Civil Veterinary Dept. Assam report 1927-50 - 1927-1950
Year: 1927
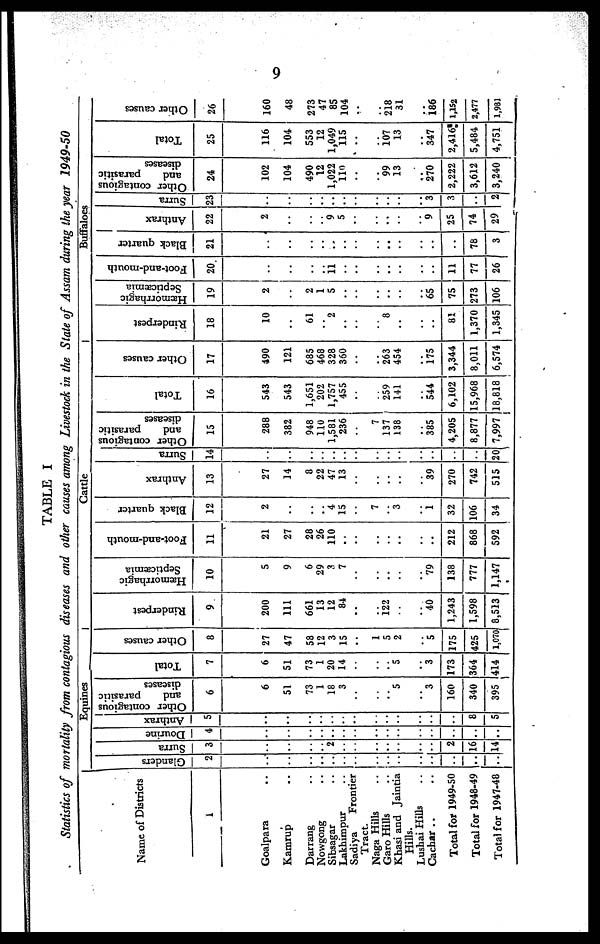
9
TABLE I
Statistics of mortality from contagious diseases and other causes among Livestock in the State of Assam during the year 1949-50
Name of Districts
1
Goalpara ..
Kamrup ..
Darrang ..
Nowgong ..
Sibsagar ..
Lakhimpur ..
Sadiya
Frontier
Tract.
Naga Hills ..
Garo Hills ..
Khasi and Jaintia
Hills.
Lushai Hills ..
Cachar .. ..
Total for 1949-50
Total for 1948-49
Total for 1947-48
Equines
Glanders
2
..
..
..
..
..
..
..
..
..
..
..
..
..
..
..
Surra
3
..
..
..
..
2
..
..
..
..
..
..
..
2
16
14
Dourine
4
..
..
..
..
..
..
..
..
..
..
..
..
..
..
..
| Anthrax
5
..
..
..
..
..
..
..
..
..
..
..
..
..
8
5
Other contagious
and
parasitic
diseases
6
6
51
73
1
18
3
..
..
..
5
..
3
160
340
395
Total
7
6
51
73
1
20
14
..
..
..
5
..
3
173
364
414
Other causes
8
27
47
58
12
3
15
..
1
5
2
..
5
175
425
1,070
Cattle
Rinderpest
9
200
111
661
13
12
84
..
..
122
..
..
40
1,243
1,598
8,513
Hæmorrhagic
Septicæmia
10
5
9
6
29
3
7
..
..
..
..
..
79
138
777
1,147
Foot-and-mouth
11
21
27
28
26
110
..
..
..
..
..
..
..
212
868
592
Black quarter
12
2
..
..
..
4
15
..
7
..
3
..
1
32
106
34
Anthrax
13
27
14
8
22
47
13
..
..
..
..
..
39
270
742
515
Surra
14
..
..
..
..
..
..
..
..
..
..
..
..
..
20
Other contagious
and
parasitic
diseases
15
288
382
948
110
1,581
236
..
7
137
138
..
385
4,205
8,877
7,997
Total
16
543
543
1,651
202
1,757
455
..
..
259
141
..
544
6,102
15,968
18,818
Other causes
17
490
121
685
468
328
360
..
..
263
454
..
175
3,344
8,011
6,574
Buffaloes
Rinderpest
18
10
..
61
..
2
..
..
..
8
..
..
..
81
1,370
1,345
Hæmorrhagic
Septicæmia
19
2
..
2
1
5
..
..
..
..
..
..
65
75
273
106
Foot-and-mouth
20
..
..
..
..
11
..
..
..
..
..
..
..
11
77
26
Black quarter
21
..
..
..
..
..
..
..
..
..
..
..
..
..
78
3
Anthrax
22
2
..
..
..
9
5
..
..
..
..
..
9
25
74
29
Surra
23
..
..
..
..
..
..
..
..
..
..
..
3
3
..
2
Other contagious
and
parasitic
diseases
24
102
104
490
12
1,022
119
..
..
99
13
..
270
2,222
3,612
3,240
Total
25
116
104
553
12
1,049
115
..
..
107
13
..
347
2,416
5,484
4,751
Other causes
26
160
48
273
47
85
104
..
..
218
31
..
186
1,152
2,477
1,981